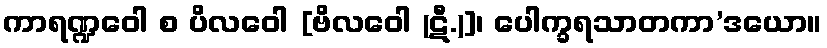
ကာရဏ္ဍဝေါ စ ပိလဝေါ [ဗိလဝေါ (ဋီ.)]၊ ပေါက္ခရသာတကာ’ဒယော။